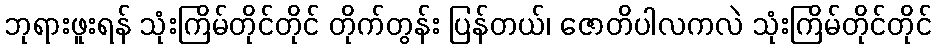
ဘုရားဖူးရန် သုံးကြိမ်တိုင်တိုင် တိုက်တွန်း ပြန်တယ်၊ ဇောတိပါလကလဲ သုံးကြိမ်တိုင်တိုင်